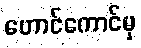
ဟောင်ကောင်မှ